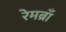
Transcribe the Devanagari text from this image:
रेमब्राँ